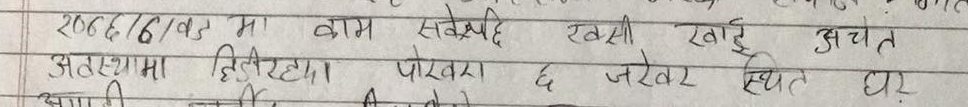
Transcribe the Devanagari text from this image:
२००६/6/वड मा
काम सकेपछि रक्सी खाई अचंत
अवस्थामा हिडीरहदा पोखरा छ जरेवर स्थित घर